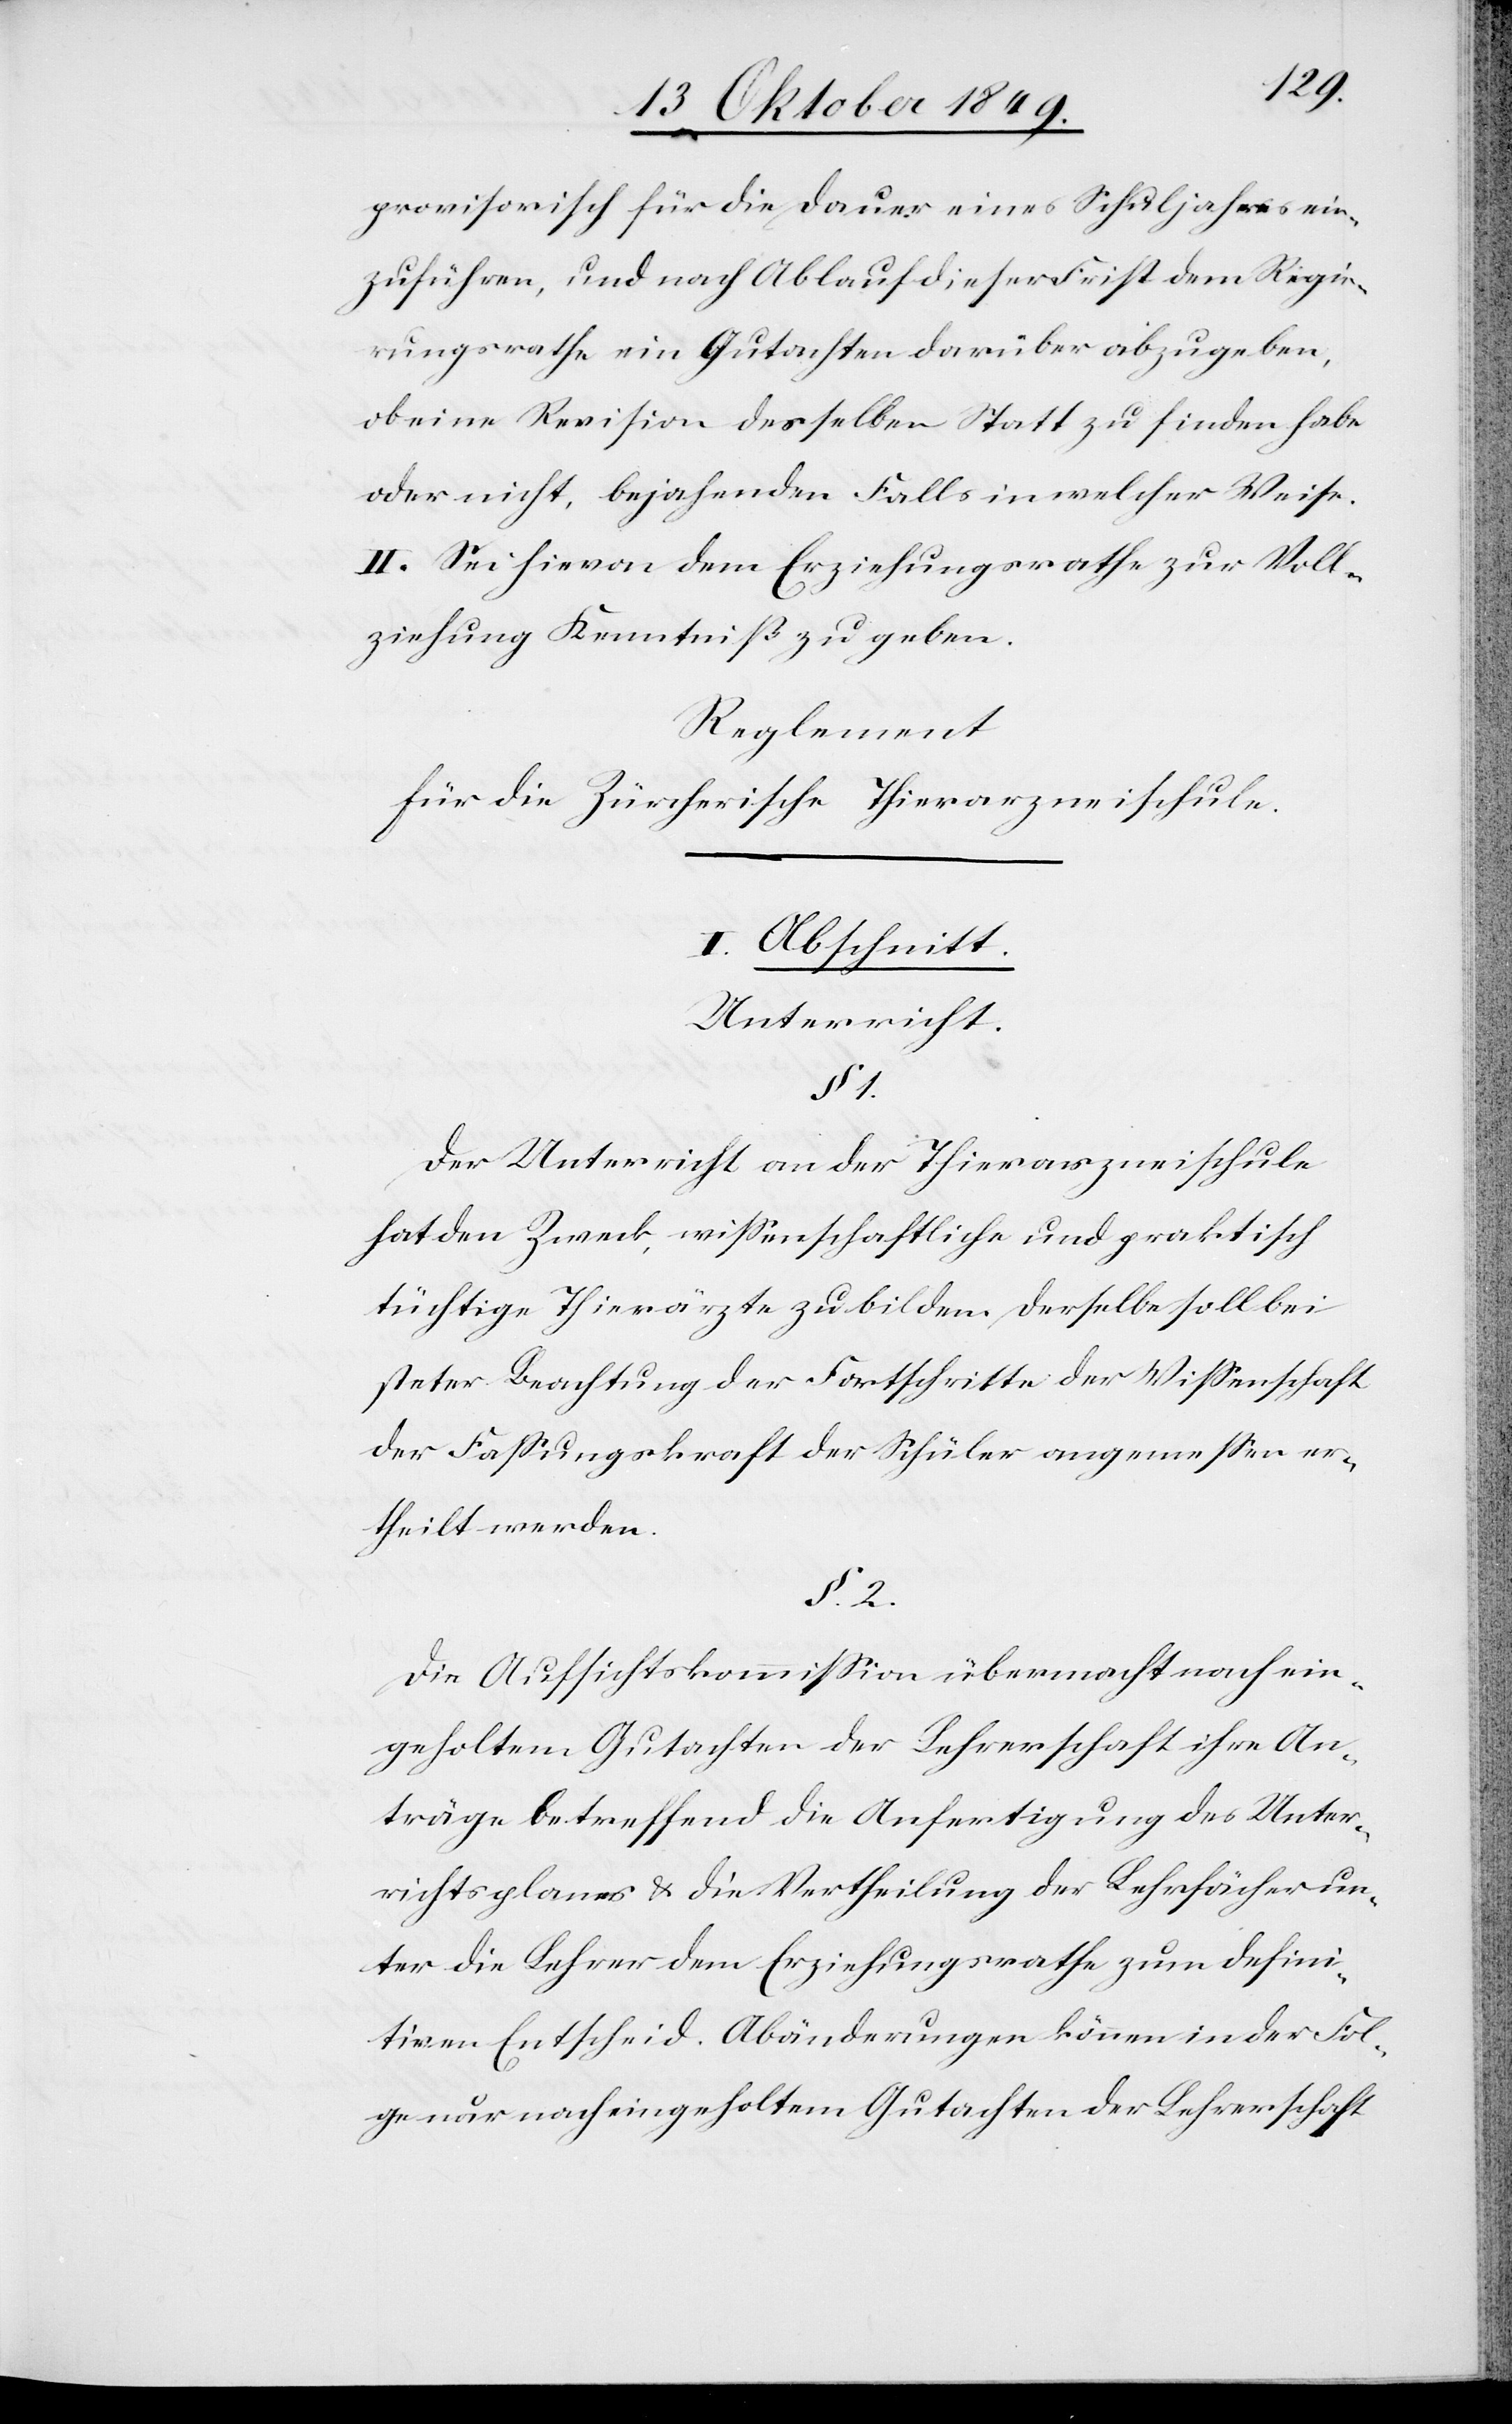
provisorisch für die Dauer eines Schuljahres ein¬
zuführen, und nach Ablauf dieser Frist dem Regie¬
rungsrathe ein Gutachten darüber abzugeben,
ob eine Revision desselben Statt zu finden habe
oder nicht, bejahenden Falls in welcher Weise.
II. Sei hievon dem Erziehungsrathe zur Voll¬
ziehung Kenntniß zu geben.
Reglement
für die Zürcherische Thierarzneischule.
I. Abschnitt
Unterschrift.
§ 1.
Der Unterricht an der Thierarzneischule
hat den Zweck, wißenschaftliche und praktisch
tüchtige Thierärzte zu bilden. Derselbe soll bei
steter Beachtung der Fortschritte der Wißenschaft
der Faßungskraft der Schüler angemeßen er¬
theilt werden.
§ 2.
Die Aufsichtskommißion übermacht nach ein¬
geholtem Gutachten der Lehrerschaft ihre An¬
träge betreffend die Anfertigung des Unter¬
richtsplanes u. die Vertheilung der Lehrfächer un¬
ter die Lehrer dem Erziehungsrathe zum defini¬
tiven Entscheid. Abänderungen können in der Fol¬
ge nur nach eingeholtem Gutachten der Lehrerschaft